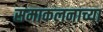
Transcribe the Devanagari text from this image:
समाकलनाच्या